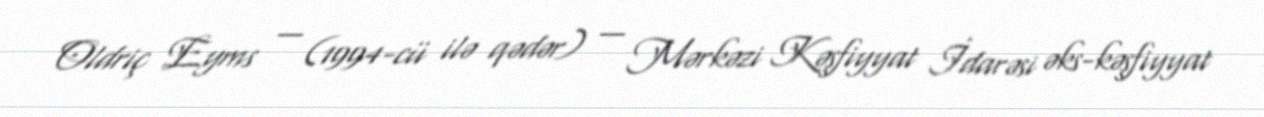
Oldriç Eyms — (1994-cü ilə qədər) — Mərkəzi Kəşfiyyat İdarəsi əks-kəşfiyyat